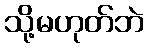
သို့မဟုတ်ဘဲ